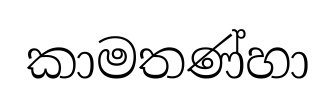
කාමතණ්හා